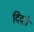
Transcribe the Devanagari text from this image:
दिदरों